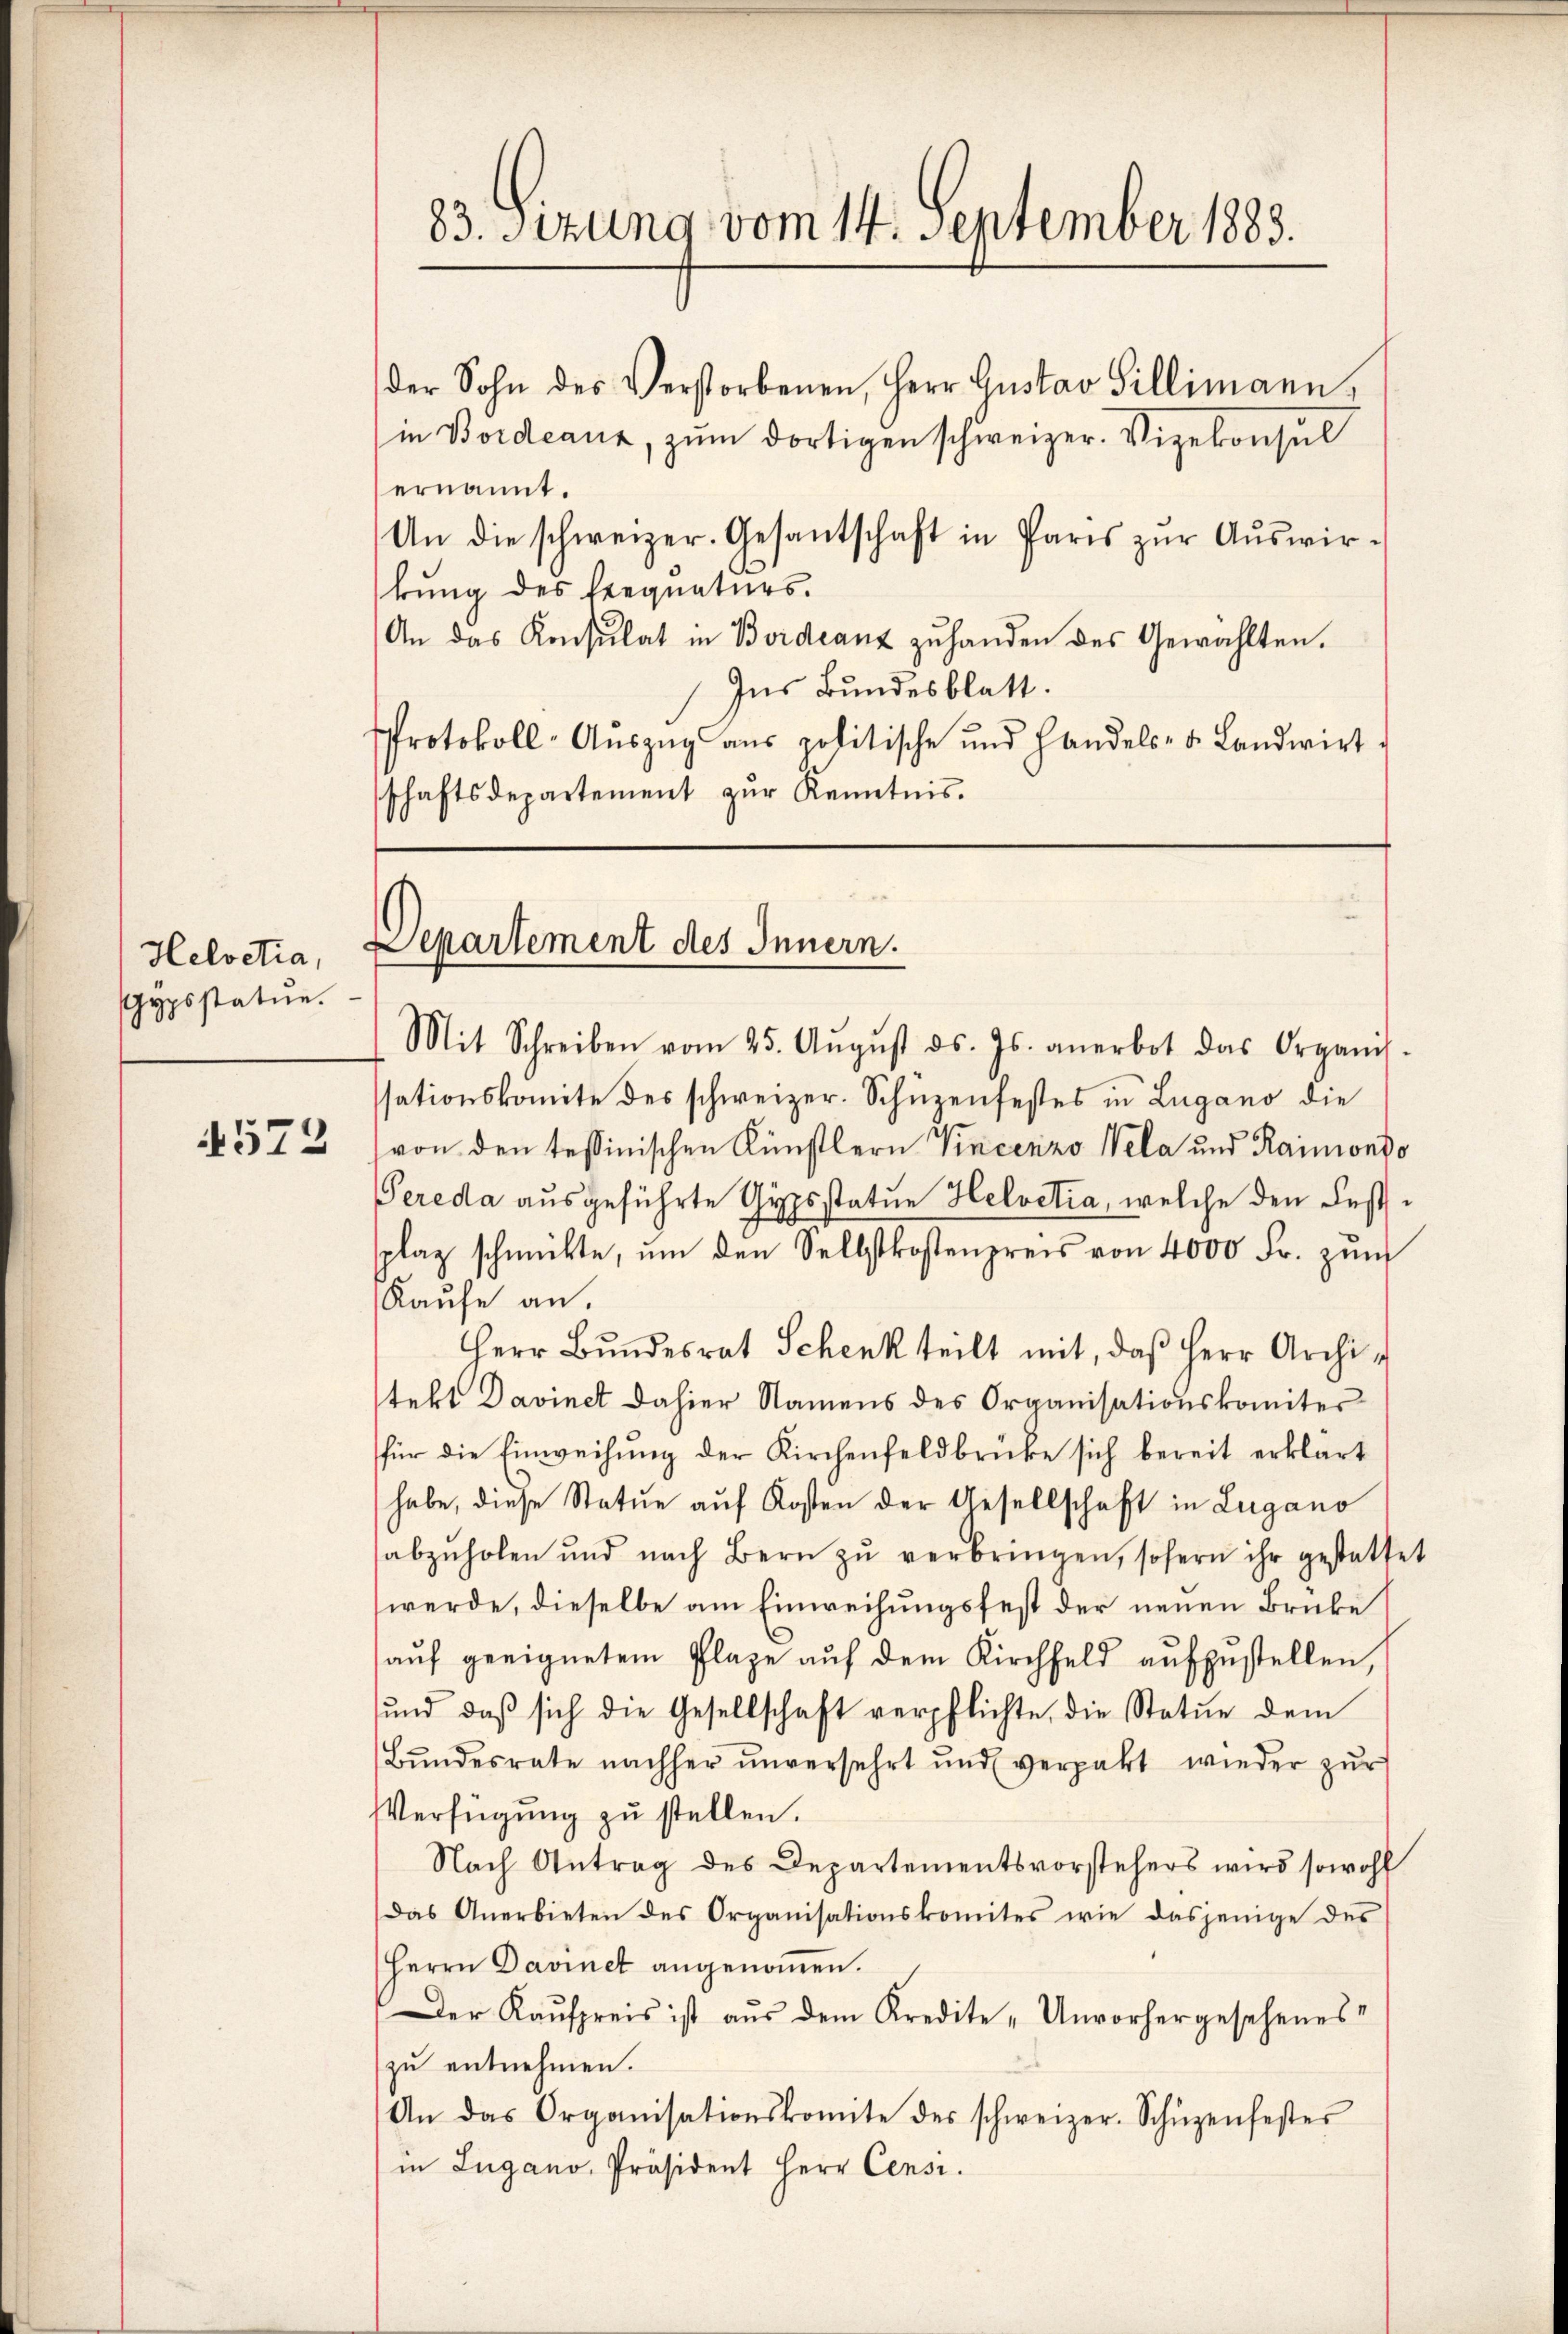
Helvetia,
Gypsstatue.

572

83. Sitzung vom 14. September 1883.

der Sohn des Verstorbenen, Herr Gustav Sillimann,
in Bordeaux, zŭm dortigen schweizer. Vizekonsul
ernannt.
An die schweizer. Gesantschaft in Paris zŭr Aŭswir-
kung des Exequaturs.
An das Konsulat in Boideanz zuhanden des Gewählten.
Ins Bundesblatt.
Protokoll-Aŭszŭg ans politische und Handels- u. Landwirt
schaftsdepartement zur Kenntnis.

Departement des Innern.

Mit Schreiben vom 25. Aŭgŭst ds. Js. anerbot das Organis-
ssationskomite des schweizer. Schüzenfestes in Lugano die
von den tessinischen Künstlern Vincenzo Vela und Raimondo
Pereda ausgeführte Gypsstatue Helvetia, welche den Festplaz schmitte, um den Selbstkostenpreis von 4000 Fr. zŭm
Kaufe an,
Herr Bŭndesrat Schenk teilt mit, daβ Herr Archi-
tekt Davinet dahier Namens des Organisationskomiter
für die Einweisung der Kirchenfeldbrücke sich bereit erklärt
habe, diese Statue auf Kosten der Gesellschaft in Lugano
abzŭholen und nach Bern zŭ verbringen, sofern ihr gestattet
werde, dieselbe am Einweihungsfest der neuen Brüke
auf geeignetem Plaze auf dem Kirchfeld aufzustellen,
ŭnd daβ sich die Gesellschaft verpflichte die Statue dem
Bŭndesrate nachher ŭnversehrt und verpahrt wieder zŭr
Verfügung zu stellen.
Nach Antrag des Departementsvorstehers wird sowohl
Das Anerbieten des Organisationskomites wie dasjenige des
Herrn Davinet angenommen.
Der Kaŭfpreis ist aus dem Kredite „Unvorhergesehenes
zŭ entnehmen.
An das Organisationskomite des schweizer. Schüzenfester
in Lugano, Präsident Herr Censi.